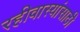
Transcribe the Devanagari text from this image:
रहीवास्यांसाठी